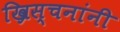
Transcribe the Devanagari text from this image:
ख्रिस्चनांनी